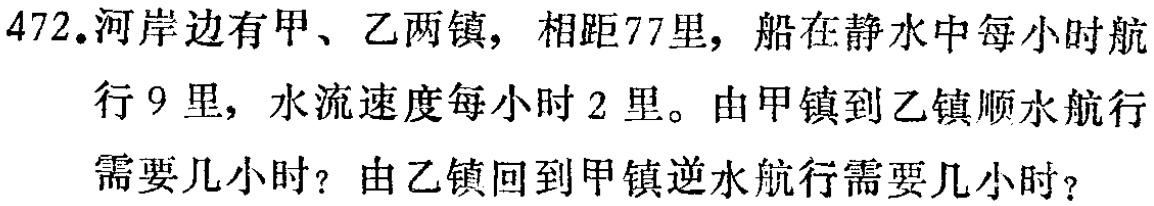
472.河岸边有甲、乙两镇，相距77里，船在静水中每小时航

行9里，水流速度每小时2里。由甲镇到乙镇顺水航行

需要几小时？由乙镇回到甲镇逆水航行需要几小时？